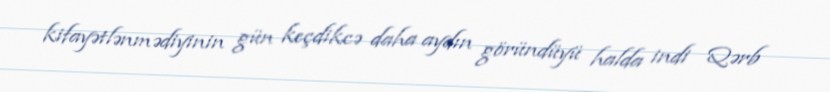
kifayətlənmədiyinin gün keçdikcə daha aydın göründüyü halda indi Qərb